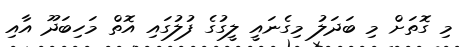
މި ގޮތަށް މި ބަދަލު މިގެނައީ ލީގުގެ ފުލުގައި އޮތް މަހިބަދޫ އާއި